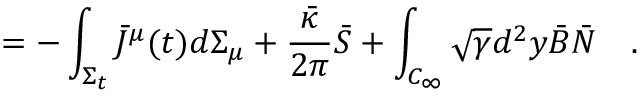
= - \int _ { \Sigma _ { t } } \bar { J } ^ { \mu } ( t ) d \Sigma _ { \mu } + { \frac { \bar { \kappa } } { 2 \pi } } \bar { S } + \int _ { C _ { \infty } } \sqrt { \gamma } d ^ { 2 } y \bar { B } \bar { N } ~ ~ ~ .